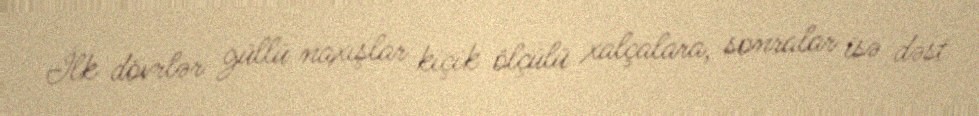
İlk dövrlər güllü naxışlar kiçik ölçülü xalçalara, sonralar isə dəst